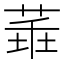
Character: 𦴂